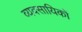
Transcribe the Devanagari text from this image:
व्यवसायिकों